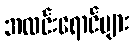
အလင်းရောင်များ